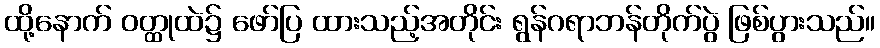
ထို့နောက် ဝတ္ထုထဲ၌ ဖော်ပြ ထားသည့်အတိုင်း ရွန်ဂရာဘန်တိုက်ပွဲ ဖြစ်ပွားသည်။